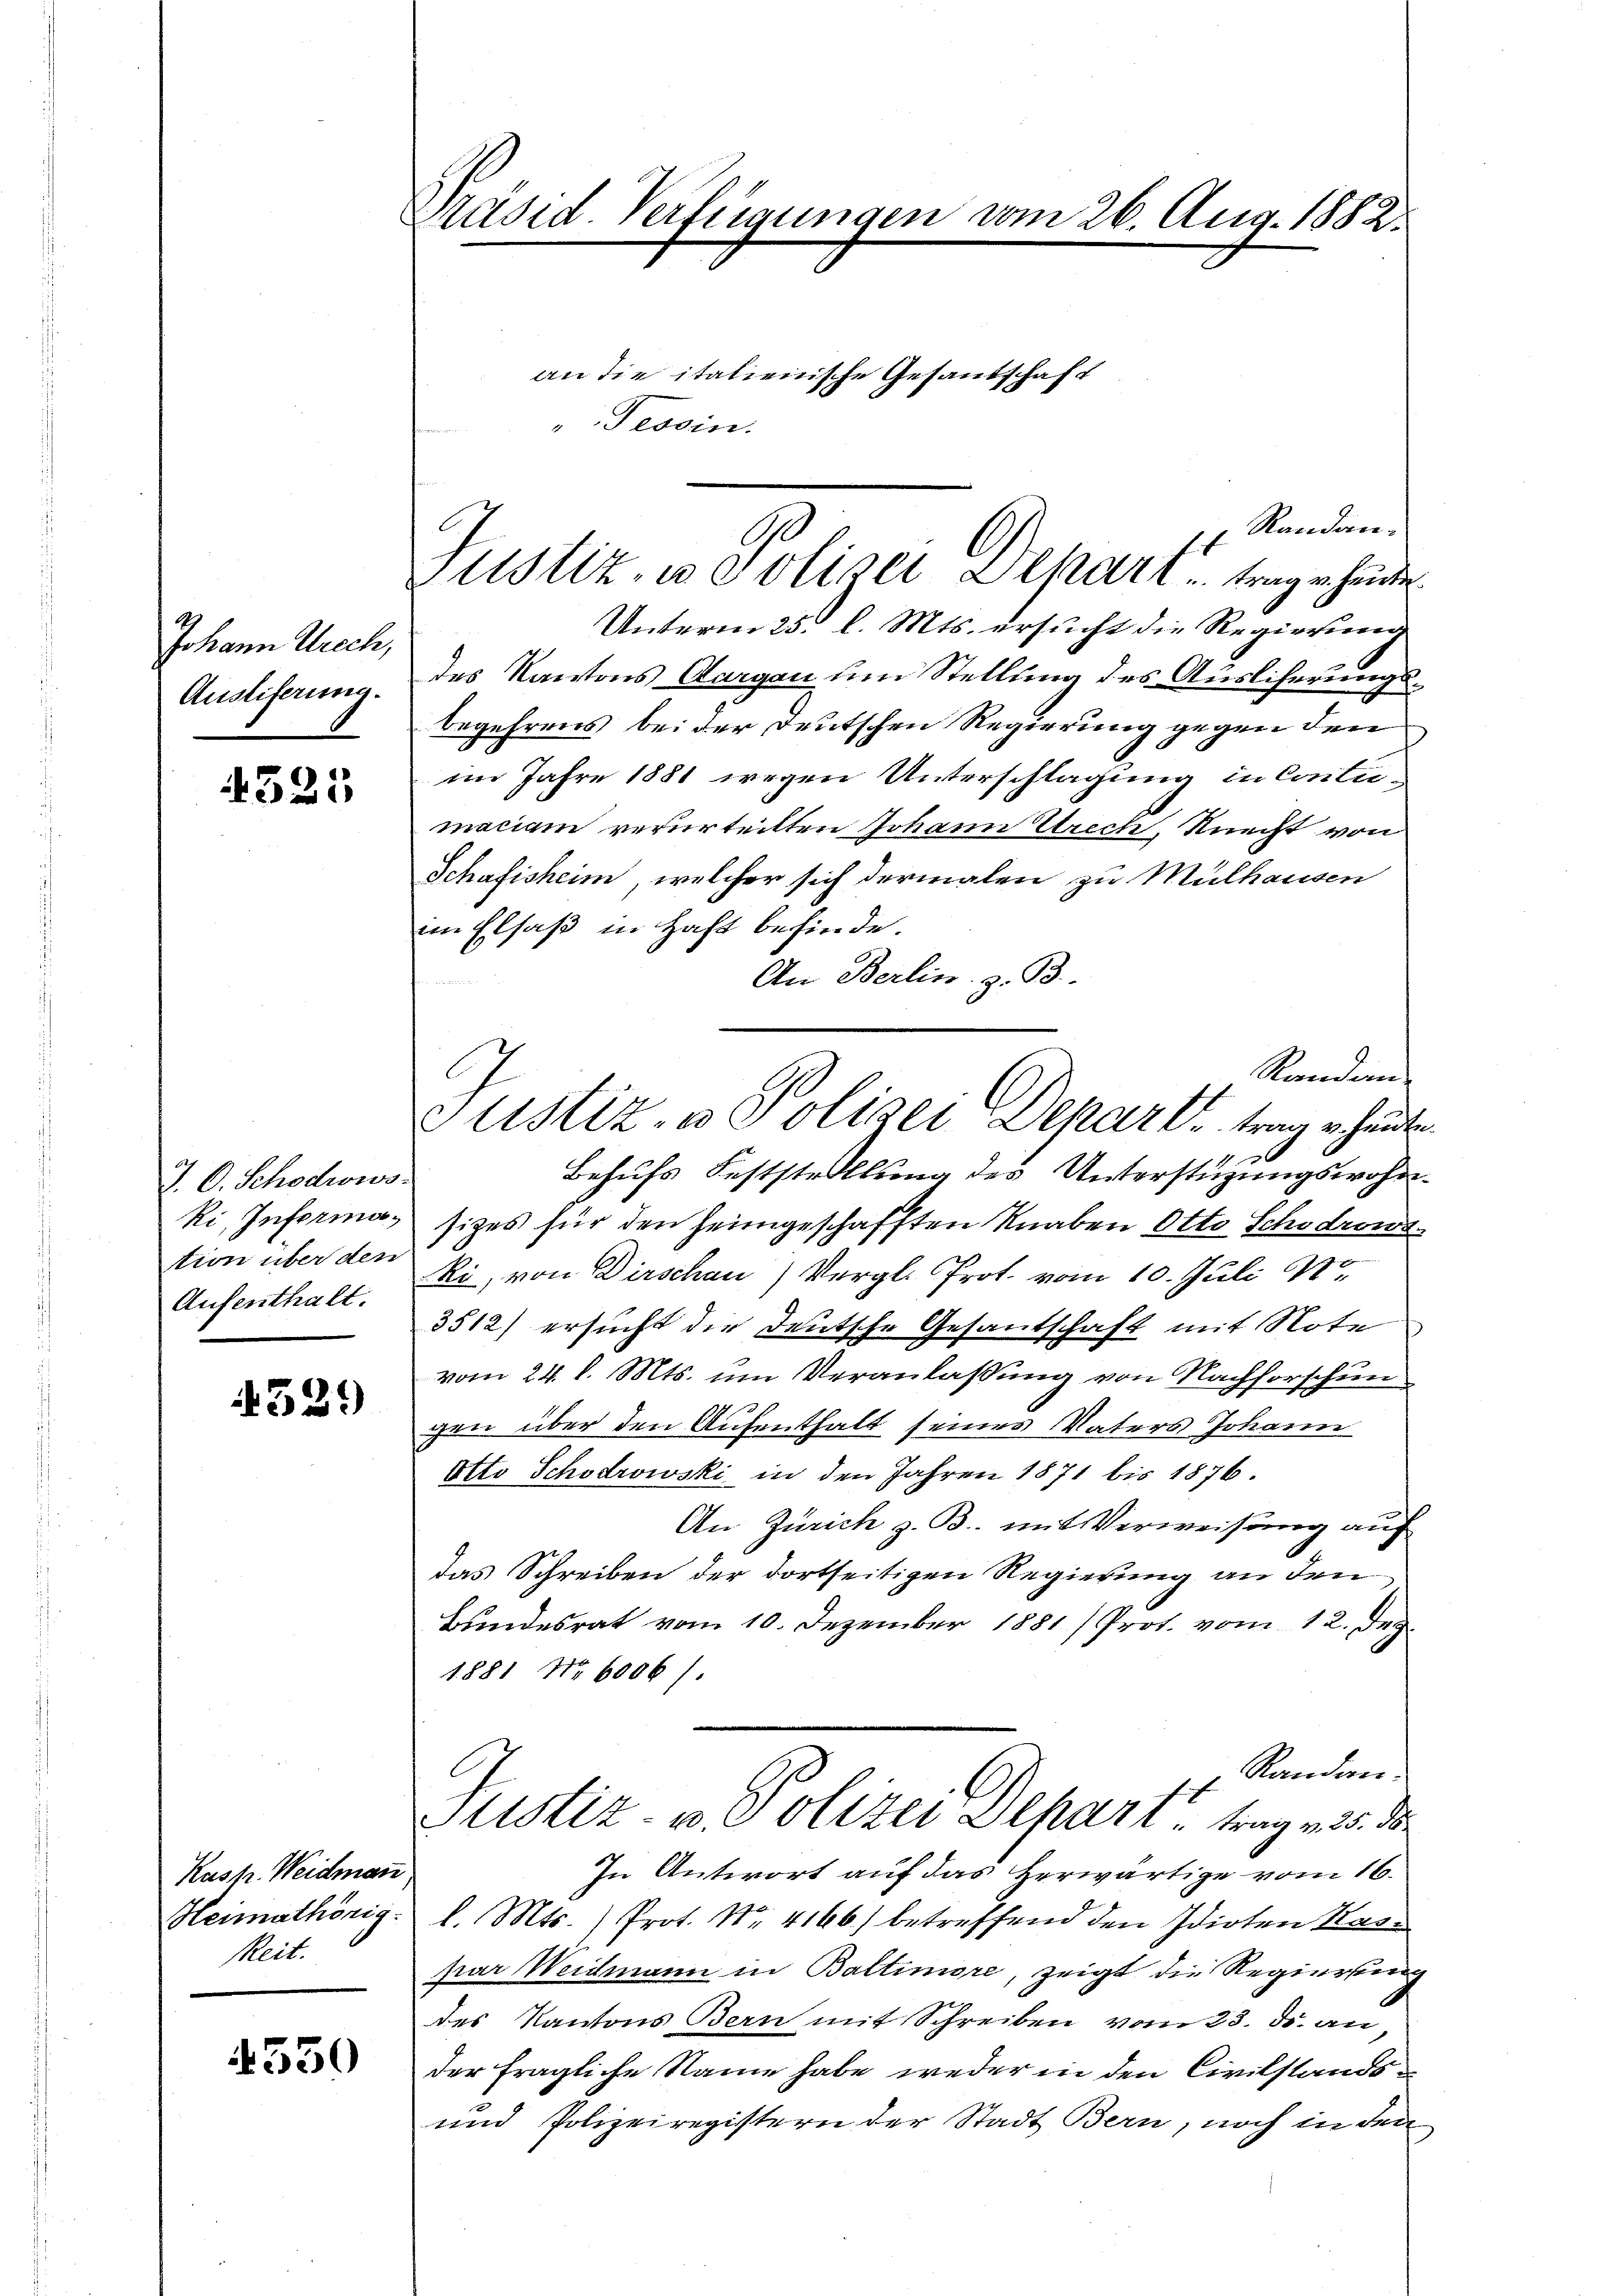
Johann Ruech,
Ausliferung.

4325

J. O. Schodiws.
Ri, Information über den
Aufenthalt.

329

Kast. Weidman
Heimathörig.
Reit.

4550

Präsid. Verfeigungen vom 26. Aug. 1882

an die italienische Gesandschaft
Tessin.

Justiz, u. Polizei Separt u. trag erhander.

Randan¬
Unterm 25. l. Mts. ersucht die Regierung
des Kantons Aargau um Stellung des Auslicherungsbegehrens bei der Deutschen Regierung gegen den
im Jahre 1881 wegen Unterschlagung in Contimaciam verurteilten Johann Strech, Knecht von
Schafisheim, welcher sich dermalen zu Mülhausen
im Elsaß in Haft befinde.
An Berlin. z. B.
Randan
1
Behufs Feststellung des Unterstüzungswohnsizes für den heimgeschafften Knaben Otto Schadrows
ki, von Dirschen) Vergl. Prot. vom 10. Juli 18
3512) ersucht die Deutsche Gesandschaft mit Note
vom 24. d. Mts. um Veranlaßung von Nachforschun
gen über den Aufenthalt seines Vaters Johann
Otto Schödrowski in den Jahren 1871 bis 1876.
An Zürich z. B. mit Verweisung auf
das Schreiben der dortseitigen Regierung an den
Bundesrat vom 10. Dezember 1881/ Prot. vom 12. Jen
1881 No 6006/
Randen.
Justiz- u. Polizei Dehart trag v. 25. ds.
In Antwort auf das Herwärtige vom 16.
l. Mts. ) Prot. Nr. 4166) betreffend den Idioten Kaspar Weidmann in Baltimore, zeigt die Regierung
des Kantons Bern mit Schreiben vom 23. d. an
der fragliche Name habe weder in den Civilstands¬
und Polizeiregistern der Stadt Bern, noch in den

Justiz- u Polizei Depart trage heute